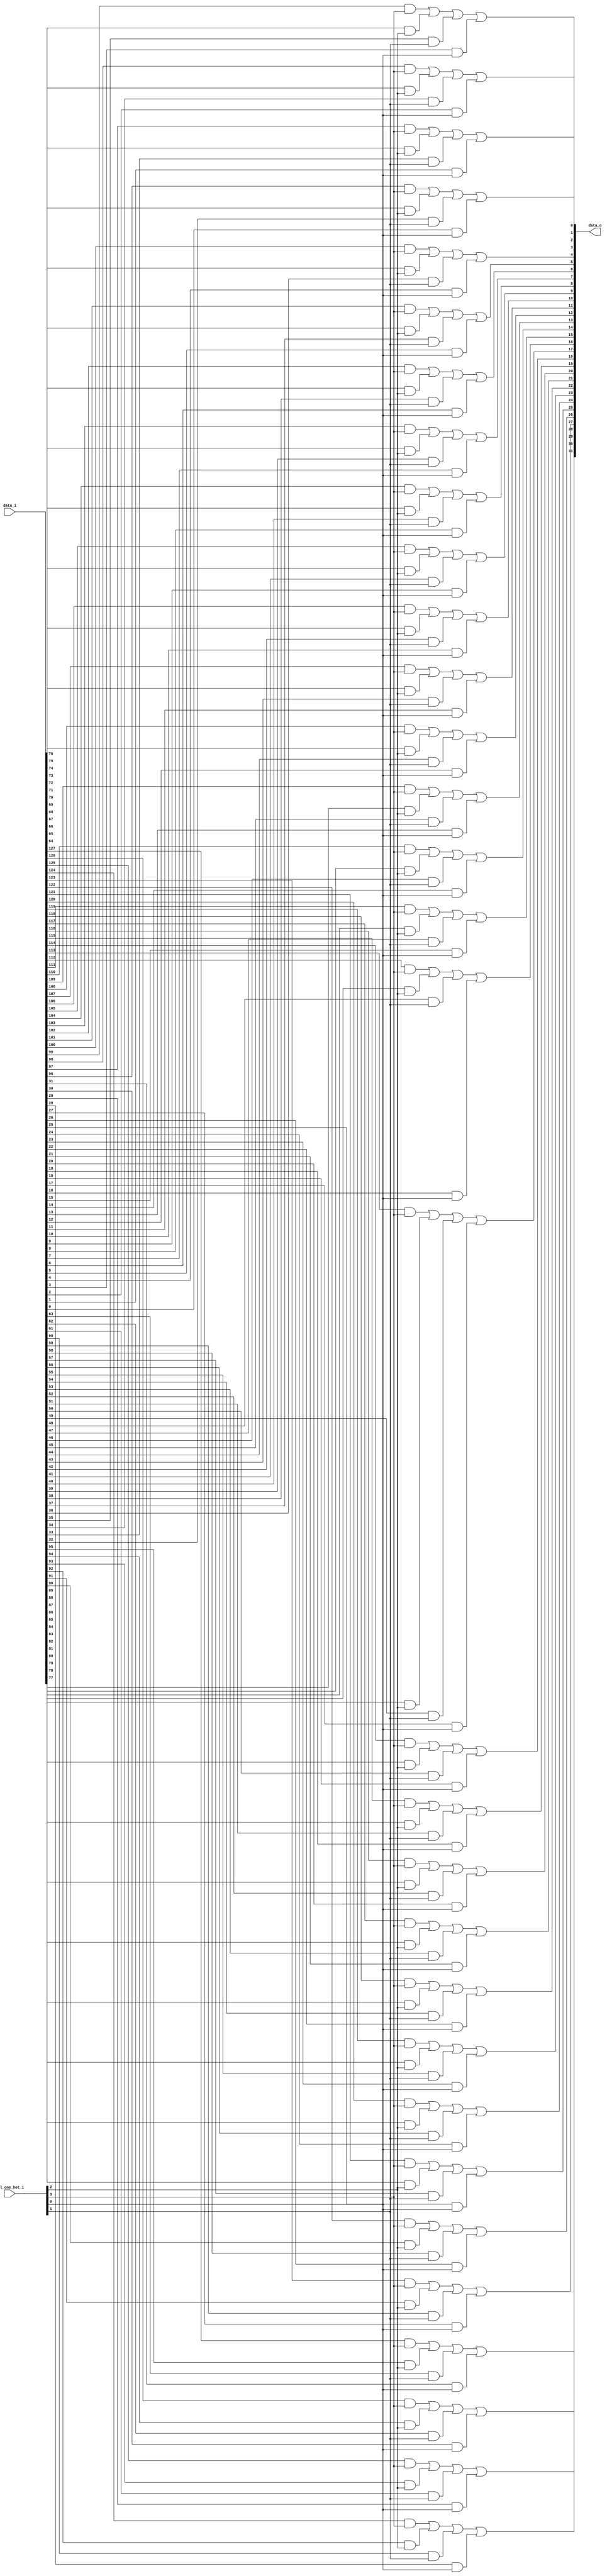
module bsg_mux_one_hot_width_p32_els_p4
(
  data_i,
  sel_one_hot_i,
  data_o
);

  input [127:0] data_i;
  input [3:0] sel_one_hot_i;
  output [31:0] data_o;
  wire [31:0] data_o;
  wire N0,N1,N2,N3,N4,N5,N6,N7,N8,N9,N10,N11,N12,N13,N14,N15,N16,N17,N18,N19,N20,N21,
  N22,N23,N24,N25,N26,N27,N28,N29,N30,N31,N32,N33,N34,N35,N36,N37,N38,N39,N40,N41,
  N42,N43,N44,N45,N46,N47,N48,N49,N50,N51,N52,N53,N54,N55,N56,N57,N58,N59,N60,N61,
  N62,N63;
  wire [127:0] data_masked;
  assign data_masked[31] = data_i[31] & sel_one_hot_i[0];
  assign data_masked[30] = data_i[30] & sel_one_hot_i[0];
  assign data_masked[29] = data_i[29] & sel_one_hot_i[0];
  assign data_masked[28] = data_i[28] & sel_one_hot_i[0];
  assign data_masked[27] = data_i[27] & sel_one_hot_i[0];
  assign data_masked[26] = data_i[26] & sel_one_hot_i[0];
  assign data_masked[25] = data_i[25] & sel_one_hot_i[0];
  assign data_masked[24] = data_i[24] & sel_one_hot_i[0];
  assign data_masked[23] = data_i[23] & sel_one_hot_i[0];
  assign data_masked[22] = data_i[22] & sel_one_hot_i[0];
  assign data_masked[21] = data_i[21] & sel_one_hot_i[0];
  assign data_masked[20] = data_i[20] & sel_one_hot_i[0];
  assign data_masked[19] = data_i[19] & sel_one_hot_i[0];
  assign data_masked[18] = data_i[18] & sel_one_hot_i[0];
  assign data_masked[17] = data_i[17] & sel_one_hot_i[0];
  assign data_masked[16] = data_i[16] & sel_one_hot_i[0];
  assign data_masked[15] = data_i[15] & sel_one_hot_i[0];
  assign data_masked[14] = data_i[14] & sel_one_hot_i[0];
  assign data_masked[13] = data_i[13] & sel_one_hot_i[0];
  assign data_masked[12] = data_i[12] & sel_one_hot_i[0];
  assign data_masked[11] = data_i[11] & sel_one_hot_i[0];
  assign data_masked[10] = data_i[10] & sel_one_hot_i[0];
  assign data_masked[9] = data_i[9] & sel_one_hot_i[0];
  assign data_masked[8] = data_i[8] & sel_one_hot_i[0];
  assign data_masked[7] = data_i[7] & sel_one_hot_i[0];
  assign data_masked[6] = data_i[6] & sel_one_hot_i[0];
  assign data_masked[5] = data_i[5] & sel_one_hot_i[0];
  assign data_masked[4] = data_i[4] & sel_one_hot_i[0];
  assign data_masked[3] = data_i[3] & sel_one_hot_i[0];
  assign data_masked[2] = data_i[2] & sel_one_hot_i[0];
  assign data_masked[1] = data_i[1] & sel_one_hot_i[0];
  assign data_masked[0] = data_i[0] & sel_one_hot_i[0];
  assign data_masked[63] = data_i[63] & sel_one_hot_i[1];
  assign data_masked[62] = data_i[62] & sel_one_hot_i[1];
  assign data_masked[61] = data_i[61] & sel_one_hot_i[1];
  assign data_masked[60] = data_i[60] & sel_one_hot_i[1];
  assign data_masked[59] = data_i[59] & sel_one_hot_i[1];
  assign data_masked[58] = data_i[58] & sel_one_hot_i[1];
  assign data_masked[57] = data_i[57] & sel_one_hot_i[1];
  assign data_masked[56] = data_i[56] & sel_one_hot_i[1];
  assign data_masked[55] = data_i[55] & sel_one_hot_i[1];
  assign data_masked[54] = data_i[54] & sel_one_hot_i[1];
  assign data_masked[53] = data_i[53] & sel_one_hot_i[1];
  assign data_masked[52] = data_i[52] & sel_one_hot_i[1];
  assign data_masked[51] = data_i[51] & sel_one_hot_i[1];
  assign data_masked[50] = data_i[50] & sel_one_hot_i[1];
  assign data_masked[49] = data_i[49] & sel_one_hot_i[1];
  assign data_masked[48] = data_i[48] & sel_one_hot_i[1];
  assign data_masked[47] = data_i[47] & sel_one_hot_i[1];
  assign data_masked[46] = data_i[46] & sel_one_hot_i[1];
  assign data_masked[45] = data_i[45] & sel_one_hot_i[1];
  assign data_masked[44] = data_i[44] & sel_one_hot_i[1];
  assign data_masked[43] = data_i[43] & sel_one_hot_i[1];
  assign data_masked[42] = data_i[42] & sel_one_hot_i[1];
  assign data_masked[41] = data_i[41] & sel_one_hot_i[1];
  assign data_masked[40] = data_i[40] & sel_one_hot_i[1];
  assign data_masked[39] = data_i[39] & sel_one_hot_i[1];
  assign data_masked[38] = data_i[38] & sel_one_hot_i[1];
  assign data_masked[37] = data_i[37] & sel_one_hot_i[1];
  assign data_masked[36] = data_i[36] & sel_one_hot_i[1];
  assign data_masked[35] = data_i[35] & sel_one_hot_i[1];
  assign data_masked[34] = data_i[34] & sel_one_hot_i[1];
  assign data_masked[33] = data_i[33] & sel_one_hot_i[1];
  assign data_masked[32] = data_i[32] & sel_one_hot_i[1];
  assign data_masked[95] = data_i[95] & sel_one_hot_i[2];
  assign data_masked[94] = data_i[94] & sel_one_hot_i[2];
  assign data_masked[93] = data_i[93] & sel_one_hot_i[2];
  assign data_masked[92] = data_i[92] & sel_one_hot_i[2];
  assign data_masked[91] = data_i[91] & sel_one_hot_i[2];
  assign data_masked[90] = data_i[90] & sel_one_hot_i[2];
  assign data_masked[89] = data_i[89] & sel_one_hot_i[2];
  assign data_masked[88] = data_i[88] & sel_one_hot_i[2];
  assign data_masked[87] = data_i[87] & sel_one_hot_i[2];
  assign data_masked[86] = data_i[86] & sel_one_hot_i[2];
  assign data_masked[85] = data_i[85] & sel_one_hot_i[2];
  assign data_masked[84] = data_i[84] & sel_one_hot_i[2];
  assign data_masked[83] = data_i[83] & sel_one_hot_i[2];
  assign data_masked[82] = data_i[82] & sel_one_hot_i[2];
  assign data_masked[81] = data_i[81] & sel_one_hot_i[2];
  assign data_masked[80] = data_i[80] & sel_one_hot_i[2];
  assign data_masked[79] = data_i[79] & sel_one_hot_i[2];
  assign data_masked[78] = data_i[78] & sel_one_hot_i[2];
  assign data_masked[77] = data_i[77] & sel_one_hot_i[2];
  assign data_masked[76] = data_i[76] & sel_one_hot_i[2];
  assign data_masked[75] = data_i[75] & sel_one_hot_i[2];
  assign data_masked[74] = data_i[74] & sel_one_hot_i[2];
  assign data_masked[73] = data_i[73] & sel_one_hot_i[2];
  assign data_masked[72] = data_i[72] & sel_one_hot_i[2];
  assign data_masked[71] = data_i[71] & sel_one_hot_i[2];
  assign data_masked[70] = data_i[70] & sel_one_hot_i[2];
  assign data_masked[69] = data_i[69] & sel_one_hot_i[2];
  assign data_masked[68] = data_i[68] & sel_one_hot_i[2];
  assign data_masked[67] = data_i[67] & sel_one_hot_i[2];
  assign data_masked[66] = data_i[66] & sel_one_hot_i[2];
  assign data_masked[65] = data_i[65] & sel_one_hot_i[2];
  assign data_masked[64] = data_i[64] & sel_one_hot_i[2];
  assign data_masked[127] = data_i[127] & sel_one_hot_i[3];
  assign data_masked[126] = data_i[126] & sel_one_hot_i[3];
  assign data_masked[125] = data_i[125] & sel_one_hot_i[3];
  assign data_masked[124] = data_i[124] & sel_one_hot_i[3];
  assign data_masked[123] = data_i[123] & sel_one_hot_i[3];
  assign data_masked[122] = data_i[122] & sel_one_hot_i[3];
  assign data_masked[121] = data_i[121] & sel_one_hot_i[3];
  assign data_masked[120] = data_i[120] & sel_one_hot_i[3];
  assign data_masked[119] = data_i[119] & sel_one_hot_i[3];
  assign data_masked[118] = data_i[118] & sel_one_hot_i[3];
  assign data_masked[117] = data_i[117] & sel_one_hot_i[3];
  assign data_masked[116] = data_i[116] & sel_one_hot_i[3];
  assign data_masked[115] = data_i[115] & sel_one_hot_i[3];
  assign data_masked[114] = data_i[114] & sel_one_hot_i[3];
  assign data_masked[113] = data_i[113] & sel_one_hot_i[3];
  assign data_masked[112] = data_i[112] & sel_one_hot_i[3];
  assign data_masked[111] = data_i[111] & sel_one_hot_i[3];
  assign data_masked[110] = data_i[110] & sel_one_hot_i[3];
  assign data_masked[109] = data_i[109] & sel_one_hot_i[3];
  assign data_masked[108] = data_i[108] & sel_one_hot_i[3];
  assign data_masked[107] = data_i[107] & sel_one_hot_i[3];
  assign data_masked[106] = data_i[106] & sel_one_hot_i[3];
  assign data_masked[105] = data_i[105] & sel_one_hot_i[3];
  assign data_masked[104] = data_i[104] & sel_one_hot_i[3];
  assign data_masked[103] = data_i[103] & sel_one_hot_i[3];
  assign data_masked[102] = data_i[102] & sel_one_hot_i[3];
  assign data_masked[101] = data_i[101] & sel_one_hot_i[3];
  assign data_masked[100] = data_i[100] & sel_one_hot_i[3];
  assign data_masked[99] = data_i[99] & sel_one_hot_i[3];
  assign data_masked[98] = data_i[98] & sel_one_hot_i[3];
  assign data_masked[97] = data_i[97] & sel_one_hot_i[3];
  assign data_masked[96] = data_i[96] & sel_one_hot_i[3];
  assign data_o[0] = N1 | data_masked[0];
  assign N1 = N0 | data_masked[32];
  assign N0 = data_masked[96] | data_masked[64];
  assign data_o[1] = N3 | data_masked[1];
  assign N3 = N2 | data_masked[33];
  assign N2 = data_masked[97] | data_masked[65];
  assign data_o[2] = N5 | data_masked[2];
  assign N5 = N4 | data_masked[34];
  assign N4 = data_masked[98] | data_masked[66];
  assign data_o[3] = N7 | data_masked[3];
  assign N7 = N6 | data_masked[35];
  assign N6 = data_masked[99] | data_masked[67];
  assign data_o[4] = N9 | data_masked[4];
  assign N9 = N8 | data_masked[36];
  assign N8 = data_masked[100] | data_masked[68];
  assign data_o[5] = N11 | data_masked[5];
  assign N11 = N10 | data_masked[37];
  assign N10 = data_masked[101] | data_masked[69];
  assign data_o[6] = N13 | data_masked[6];
  assign N13 = N12 | data_masked[38];
  assign N12 = data_masked[102] | data_masked[70];
  assign data_o[7] = N15 | data_masked[7];
  assign N15 = N14 | data_masked[39];
  assign N14 = data_masked[103] | data_masked[71];
  assign data_o[8] = N17 | data_masked[8];
  assign N17 = N16 | data_masked[40];
  assign N16 = data_masked[104] | data_masked[72];
  assign data_o[9] = N19 | data_masked[9];
  assign N19 = N18 | data_masked[41];
  assign N18 = data_masked[105] | data_masked[73];
  assign data_o[10] = N21 | data_masked[10];
  assign N21 = N20 | data_masked[42];
  assign N20 = data_masked[106] | data_masked[74];
  assign data_o[11] = N23 | data_masked[11];
  assign N23 = N22 | data_masked[43];
  assign N22 = data_masked[107] | data_masked[75];
  assign data_o[12] = N25 | data_masked[12];
  assign N25 = N24 | data_masked[44];
  assign N24 = data_masked[108] | data_masked[76];
  assign data_o[13] = N27 | data_masked[13];
  assign N27 = N26 | data_masked[45];
  assign N26 = data_masked[109] | data_masked[77];
  assign data_o[14] = N29 | data_masked[14];
  assign N29 = N28 | data_masked[46];
  assign N28 = data_masked[110] | data_masked[78];
  assign data_o[15] = N31 | data_masked[15];
  assign N31 = N30 | data_masked[47];
  assign N30 = data_masked[111] | data_masked[79];
  assign data_o[16] = N33 | data_masked[16];
  assign N33 = N32 | data_masked[48];
  assign N32 = data_masked[112] | data_masked[80];
  assign data_o[17] = N35 | data_masked[17];
  assign N35 = N34 | data_masked[49];
  assign N34 = data_masked[113] | data_masked[81];
  assign data_o[18] = N37 | data_masked[18];
  assign N37 = N36 | data_masked[50];
  assign N36 = data_masked[114] | data_masked[82];
  assign data_o[19] = N39 | data_masked[19];
  assign N39 = N38 | data_masked[51];
  assign N38 = data_masked[115] | data_masked[83];
  assign data_o[20] = N41 | data_masked[20];
  assign N41 = N40 | data_masked[52];
  assign N40 = data_masked[116] | data_masked[84];
  assign data_o[21] = N43 | data_masked[21];
  assign N43 = N42 | data_masked[53];
  assign N42 = data_masked[117] | data_masked[85];
  assign data_o[22] = N45 | data_masked[22];
  assign N45 = N44 | data_masked[54];
  assign N44 = data_masked[118] | data_masked[86];
  assign data_o[23] = N47 | data_masked[23];
  assign N47 = N46 | data_masked[55];
  assign N46 = data_masked[119] | data_masked[87];
  assign data_o[24] = N49 | data_masked[24];
  assign N49 = N48 | data_masked[56];
  assign N48 = data_masked[120] | data_masked[88];
  assign data_o[25] = N51 | data_masked[25];
  assign N51 = N50 | data_masked[57];
  assign N50 = data_masked[121] | data_masked[89];
  assign data_o[26] = N53 | data_masked[26];
  assign N53 = N52 | data_masked[58];
  assign N52 = data_masked[122] | data_masked[90];
  assign data_o[27] = N55 | data_masked[27];
  assign N55 = N54 | data_masked[59];
  assign N54 = data_masked[123] | data_masked[91];
  assign data_o[28] = N57 | data_masked[28];
  assign N57 = N56 | data_masked[60];
  assign N56 = data_masked[124] | data_masked[92];
  assign data_o[29] = N59 | data_masked[29];
  assign N59 = N58 | data_masked[61];
  assign N58 = data_masked[125] | data_masked[93];
  assign data_o[30] = N61 | data_masked[30];
  assign N61 = N60 | data_masked[62];
  assign N60 = data_masked[126] | data_masked[94];
  assign data_o[31] = N63 | data_masked[31];
  assign N63 = N62 | data_masked[63];
  assign N62 = data_masked[127] | data_masked[95];

endmodule